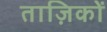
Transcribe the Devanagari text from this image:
ताज़िकों